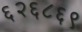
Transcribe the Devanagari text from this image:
६२६८६९